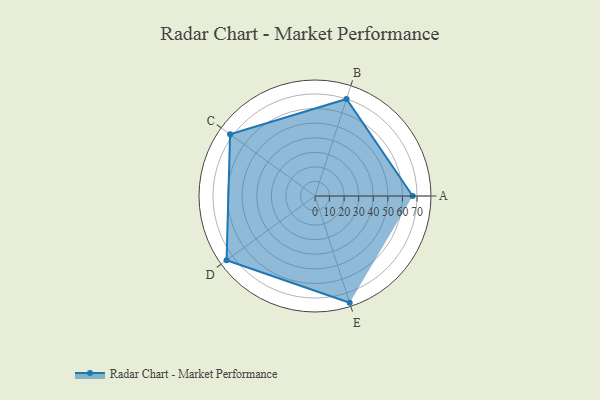
{"axis": {"x": "Skill", "y": "Score"}, "legend": ["Profile"], "data": [{"x": "A", "y": 67.0, "type": "Profile"}, {"x": "B", "y": 70.0, "type": "Profile"}, {"x": "C", "y": 72.0, "type": "Profile"}, {"x": "D", "y": 75.0, "type": "Profile"}, {"x": "E", "y": 77.0, "type": "Profile"}]}